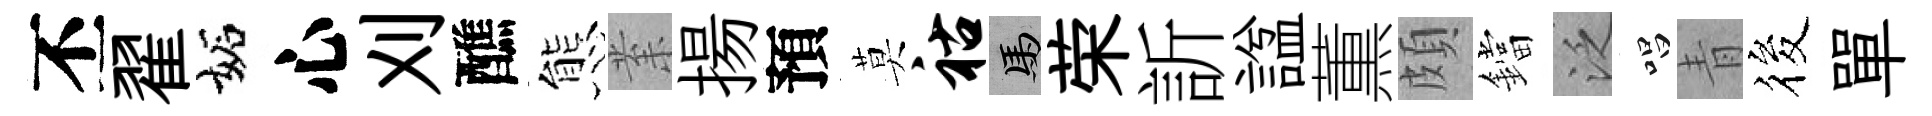
丕翟妬心刈醮態𭪙揚預莫祜馬荣訢諡薫頗鐺泛唱青筱單